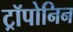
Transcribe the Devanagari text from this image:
ट्रॉपोनिन